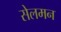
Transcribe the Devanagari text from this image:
सेलमन